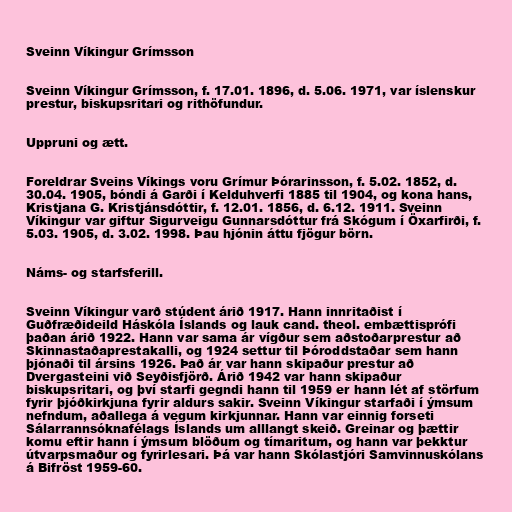
Sveinn Víkingur Grímsson

Sveinn Víkingur Grímsson, f. 17.01. 1896, d. 5.06. 1971, var íslenskur
prestur, biskupsritari og rithöfundur.

Uppruni og ætt.

Foreldrar Sveins Víkings voru Grímur Þórarinsson, f. 5.02. 1852, d.
30.04. 1905, bóndi á Garði í Kelduhverfi 1885 til 1904, og kona hans,
Kristjana G. Kristjánsdóttir, f. 12.01. 1856, d. 6.12. 1911. Sveinn
Víkingur var giftur Sigurveigu Gunnarsdóttur frá Skógum í Öxarfirði, f.
5.03. 1905, d. 3.02. 1998. Þau hjónin áttu fjögur börn.

Náms- og starfsferill.

Sveinn Víkingur varð stúdent árið 1917. Hann innritaðist í
Guðfræðideild Háskóla Íslands og lauk cand. theol. embættisprófi
þaðan árið 1922. Hann var sama ár vígður sem aðstoðarprestur að
Skinnastaðaprestakalli, og 1924 settur til Þóroddstaðar sem hann
þjónaði til ársins 1926. Það ár var hann skipaður prestur að
Dvergasteini við Seyðisfjörð. Árið 1942 var hann skipaður
biskupsritari, og því starfi gegndi hann til 1959 er hann lét af störfum
fyrir þjóðkirkjuna fyrir aldurs sakir. Sveinn Víkingur starfaði í ýmsum
nefndum, aðallega á vegum kirkjunnar. Hann var einnig forseti
Sálarrannsóknafélags Íslands um alllangt skeið. Greinar og þættir
komu eftir hann í ýmsum blöðum og tímaritum, og hann var þekktur
útvarpsmaður og fyrirlesari. Þá var hann Skólastjóri Samvinnuskólans
á Bifröst 1959-60.